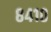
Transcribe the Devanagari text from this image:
८४१०